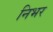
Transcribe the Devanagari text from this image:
निभर